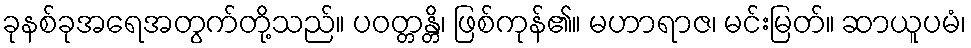
ခုနစ်ခုအရေအတွက်တို့သည်။ ပဝတ္တန္တိ၊ ဖြစ်ကုန်၏။ မဟာရာဇ၊ မင်းမြတ်။ ဆာယူပမံ၊